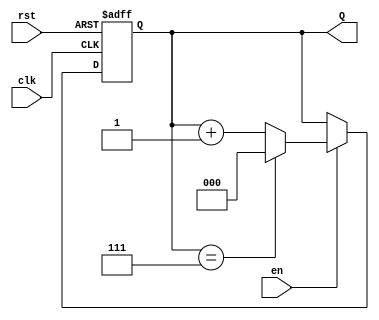
module UpCounter (
    input wire clk,        // Clock input
    input wire en,         // Enable input
    input wire rst,        // Asynchronous reset input
    output reg [N-1:0] Q   // Count output (N bits wide)
);

parameter N = 3;          // Number of bits for the counter (adjustable)
localparam MAX_COUNT = (1 << N) - 1; // Maximum count value for N bits

// Asynchronous reset to initialize the counter to zero
always @(posedge clk or posedge rst) begin
    if (rst) begin
        Q <= 0;           // Reset count to 0
    end else if (en) begin
        if (Q == MAX_COUNT) begin
            Q <= 0;       // Wrap around to 0
        end else begin
            Q <= Q + 1;   // Increment count
        end
    end
end

endmodule